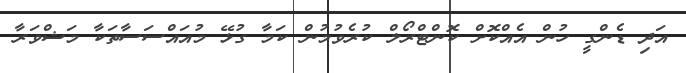
އަދި ޑެންގީ ހުން އެއްކޮށް ކޮންޓްރޯލް ކުރެވުމުން ކަމާ ގުޅޭ މުއައްސަސާތަކާ މަޝްވަރާ